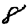
Digit: 8